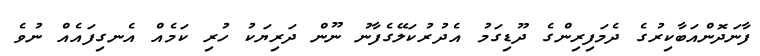
ފާނަދޮންއަބާކިރުގެ ދެމަފިރިންގެ ދޫޑިގަމު އެދުރުކަލޭގެފާނު ނޫން ދަރިޔަކު ހުރި ކަމެއް އެނގިފައެއް ނުވެ